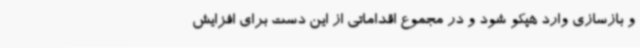
و بازسازی وارد هپکو شود و در مجموع اقداماتی از این دست برای افزایش